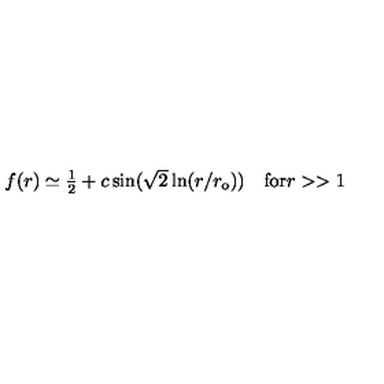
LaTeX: \begin{array} { c c } { f ( r ) \simeq \textstyle { \frac { 1 } { 2 } } + c \sin ( \sqrt { 2 } \ln ( r / r _ { \mathrm { { o } } } ) ) } & { \mathrm { f o r } r > > 1 } \\ \end{array}